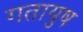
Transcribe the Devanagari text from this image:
गतायुष